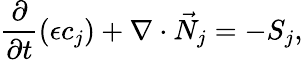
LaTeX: \frac{\partial}{\partial t}(\epsilon c_{j})+\nabla\cdot\vec{N}_{j}=-S_{j},